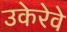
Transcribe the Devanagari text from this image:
उकेरेवे